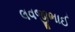
લવજીભાઈ